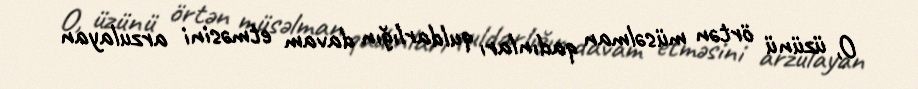
O, üzünü örtən müsəlman qadınları quldarlığın davam etməsini arzulayan